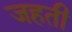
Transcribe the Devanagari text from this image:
जहती